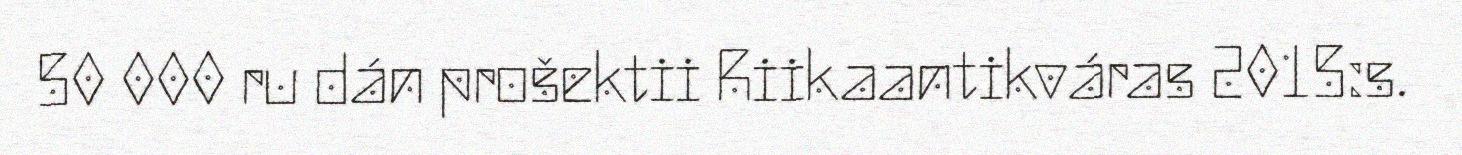
50 000 ru dán prošektii Riikaantikváras 2015:s.